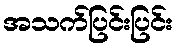
အသက်ပြင်းပြင်း